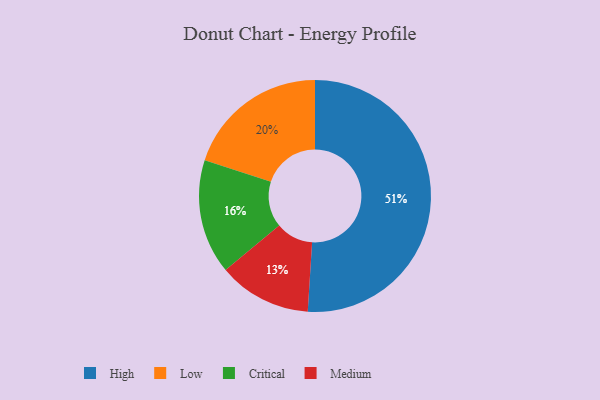
{"axis": {"x": "Category", "y": "Percentage"}, "legend": ["Critical", "High", "Low", "Medium"], "data": [{"x": "Low", "y": 20, "type": "Low"}, {"x": "High", "y": 51, "type": "High"}, {"x": "Medium", "y": 13, "type": "Medium"}, {"x": "Critical", "y": 16, "type": "Critical"}]}